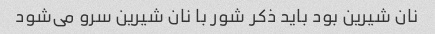
نان شیرین بود باید ذکر شور با نان شیرین سرو می‌شود